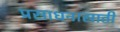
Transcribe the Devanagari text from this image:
प्रसाधनासाठी